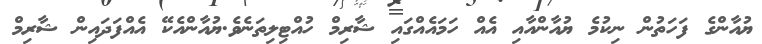
ޔުއާންގެ ފަހަތުން ނިކުމެ ޔުއާންއާއި އެއް ހަމައެއްގައި ޝާރިމް ހުއްޓިލިތަނެވެ.ޔުއާންއެކޭ އެއްފަދައިން ޝާރިމް